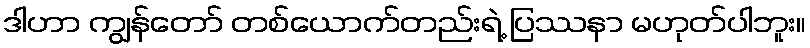
ဒါဟာ ကျွန်တော် တစ်ယောက်တည်းရဲ့ ပြဿနာ မဟုတ်ပါဘူး။